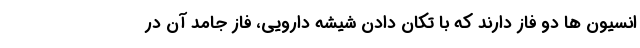
انسیون ها دو فاز دارند که با تکان دادن شیشه دارویی، فاز جامد آن در